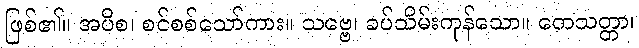
ဖြစ်၏။ အပိစ၊ စင်စစ်သော်ကား။ သဗ္ဗေ၊ ခပ်သိမ်းကုန်သော။ တေသတ္တာ၊